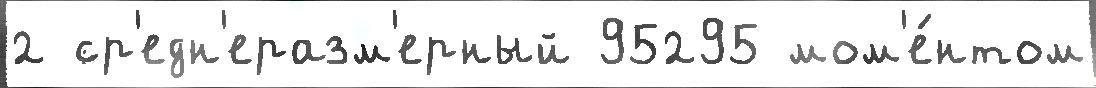
2 ср'едн'еразм'ерный 95295 мом'е́нтом